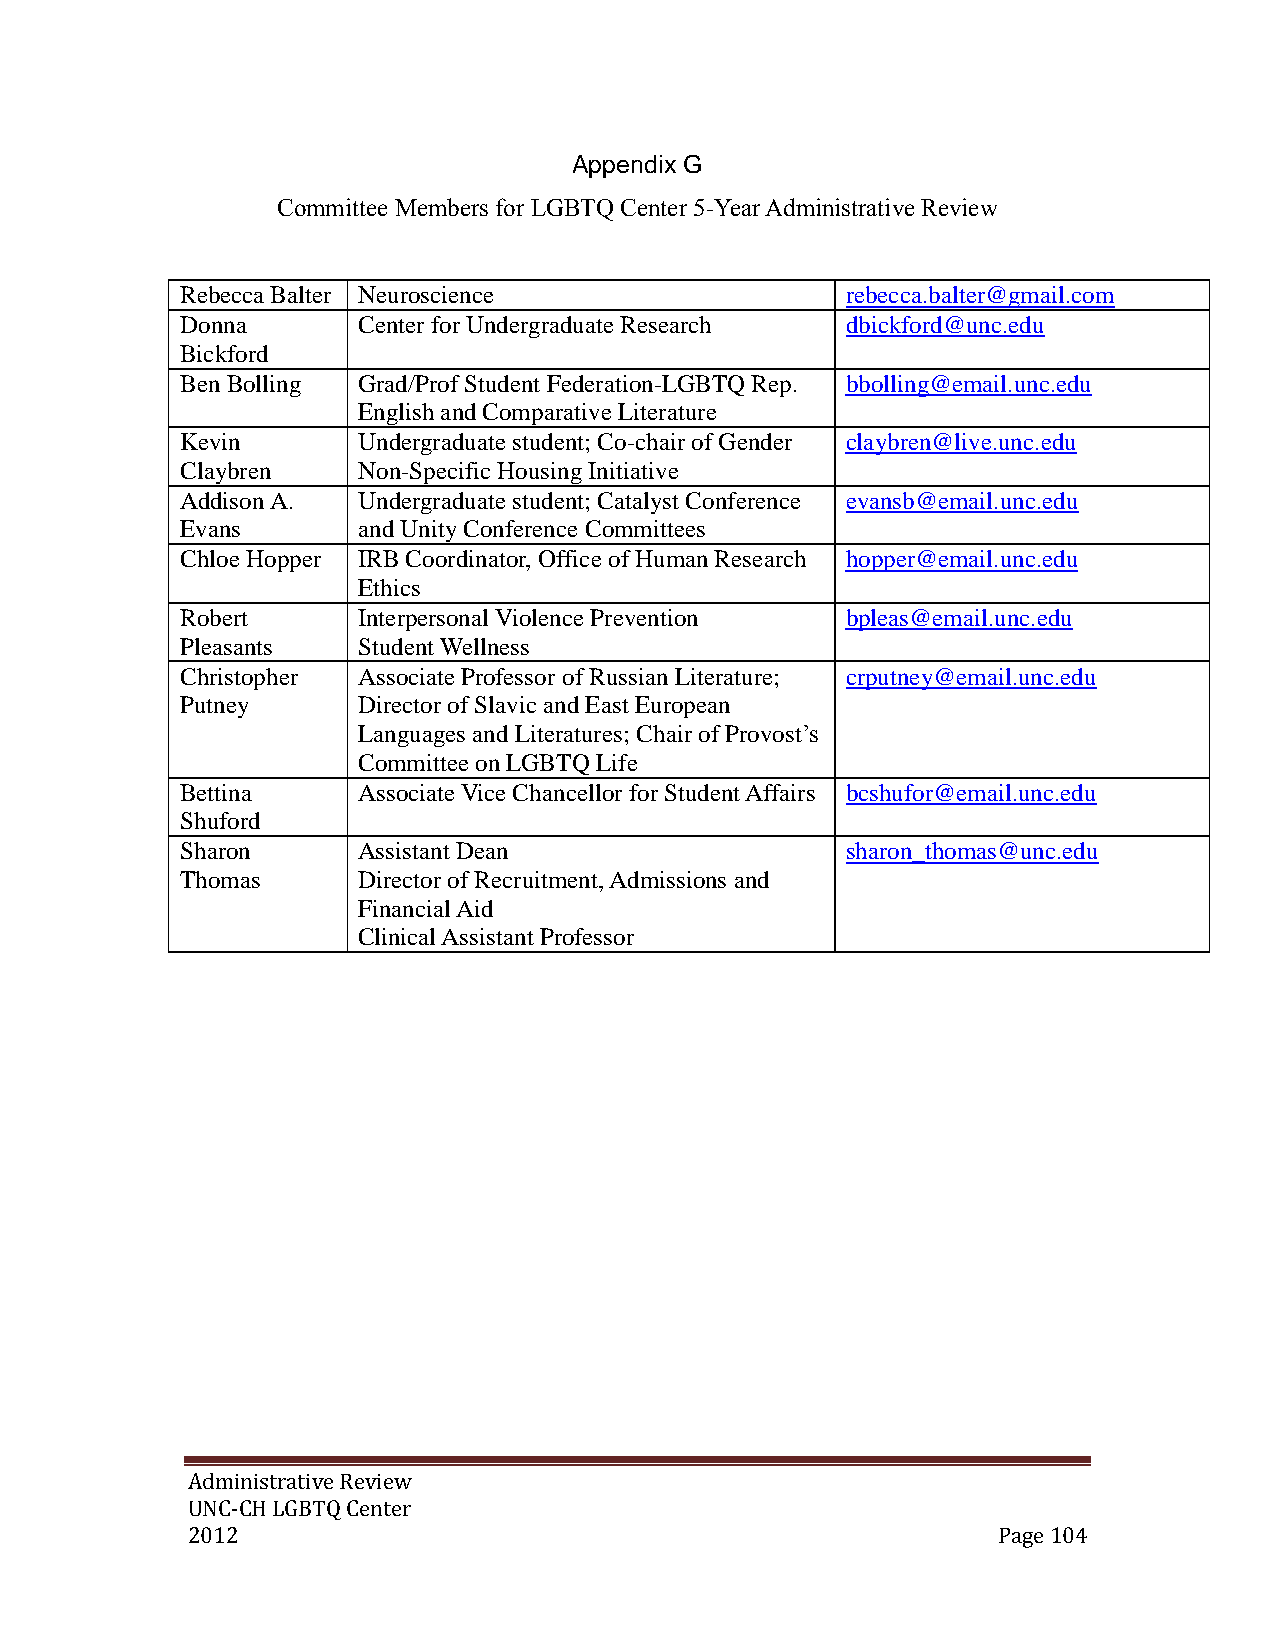
Appendix G
 Committee Members for LGBTQ Center 5-Year Administrative Review
 Rebecca Balter Neuroscience                 rebecca.balter@gmail.com
 Donna       Center for Undergraduate Research dbickford@unc.edu
 Bickford
 Ben Bolling Grad/Prof Student Federation-LGBTQ Rep. bbolling@email.unc.edu
 English and Comparative Literature
 Kevin       Undergraduate student; Co-chair of Gender claybren@live.unc.edu
 Claybren    Non-Specific Housing Initiative
 Addison A.  Undergraduate student; Catalyst Conference evansb@email.unc.edu
 Evans       and Unity Conference Committees
 Chloe Hopper IRB Coordinator, Office of Human Research hopper@email.unc.edu
 Ethics
 Robert      Interpersonal Violence Prevention bpleas@email.unc.edu
 Pleasants   Student Wellness
 Christopher Associate Professor of Russian Literature; crputney@email.unc.edu
 Putney      Director of Slavic and East European
 Languages and Literatures; Chair of Provost’s
 Committee on LGBTQ Life
 Bettina     Associate Vice Chancellor for Student Affairs bcshufor@email.unc.edu
 Shuford
 Sharon      Assistant Dean                  sharon_thomas@unc.edu
 Thomas      Director of Recruitment, Admissions and
 Financial Aid
 Clinical Assistant Professor
 Administrative Review
 UNC-CH LGBTQ Center
 2012                                                  Page 104